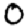
Digit: 0